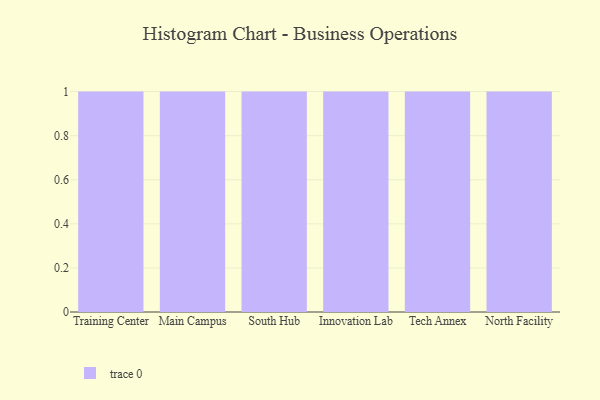
{"axis": {"x": "Campus", "y": "Gross Profit (USD K)"}, "legend": [""], "data": [{"x": "Training Center", "y": 52, "type": ""}, {"x": "Main Campus", "y": 60, "type": ""}, {"x": "South Hub", "y": 63, "type": ""}, {"x": "Innovation Lab", "y": 42, "type": ""}, {"x": "Tech Annex", "y": 53, "type": ""}, {"x": "North Facility", "y": 44, "type": ""}]}